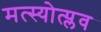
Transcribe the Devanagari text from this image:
मत्स्योत्प्लव